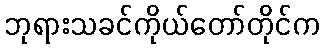
ဘုရားသခင်ကိုယ်တော်တိုင်က